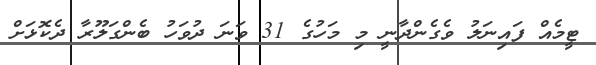
ޓީމެއް ފައިނަލު ވެގެންދާނީ މި މަހުގެ 31 ވަނަ ދުވަހު ބެންގަލޫރާ ދެކޮޅަށް